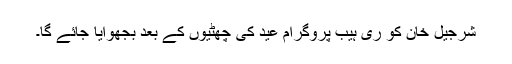
شرجیل خان کو ری ہیب پروگرام عید کی چھٹیوں کے بعد بجھوایا جائے گا۔